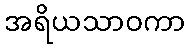
အရိယသာဝကာ